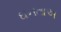
ઘનતાઅ